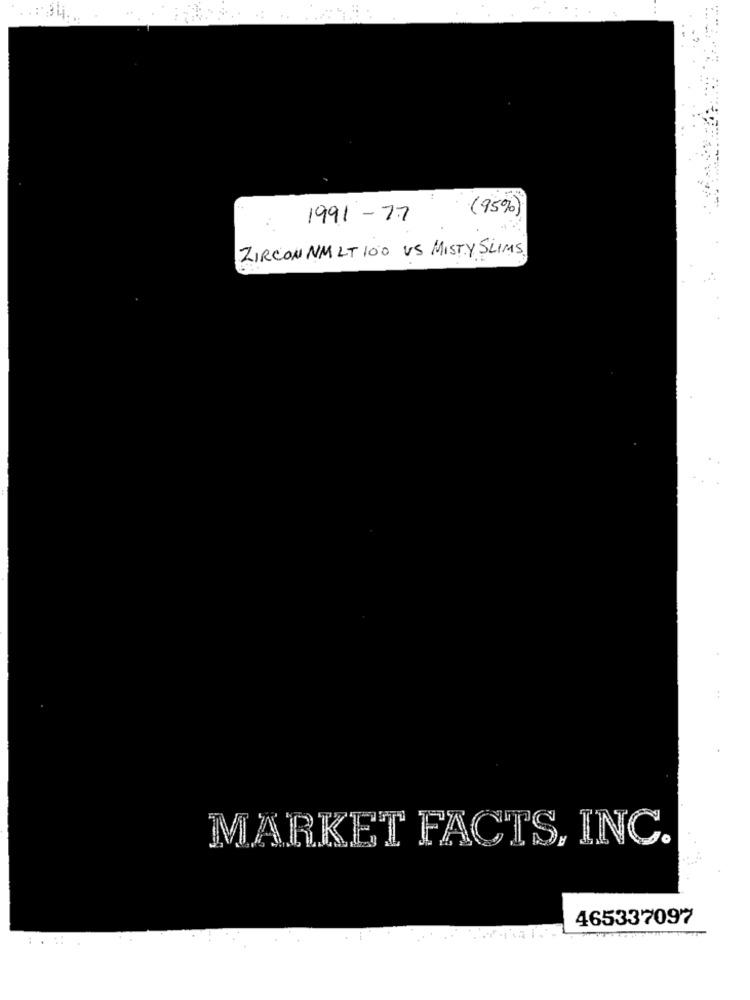
(95%)
1991 - 77
ZIRCON NM LT 100 US MISTY SLIMS.
MARKET FACTS, INC.
465337097
:
.